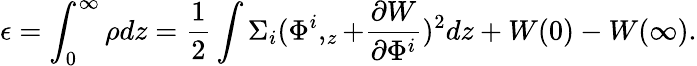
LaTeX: \epsilon=\int_{0}^{\infty}\rho dz=\frac 12\int\Sigma_{i}(\Phi^{i},_{z}+\frac{\partial W}{\partial\Phi^{i}})^{2}dz+W(0)-W(\infty).